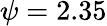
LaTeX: \psi=2.35